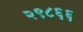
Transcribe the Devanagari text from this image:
२९८६६